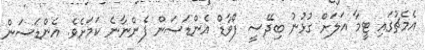
އެމެޗުގައި ޓީމާ އަލަށް ގުޅުނު ބިދޭސީ ފޯވާޑް އެންޑަސަން ފެންނާނެ ކަަމަށެވެ. އެންޑަސަން